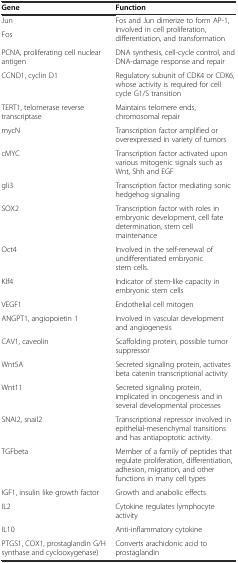
| Gene | Function |
 | --- | --- |
 | Jun | <ROWSPAN=2> Fos and Jun dimerize to form AP-1, involved in cell proliferation, differentiation, and transformation |
 | Fos |
 | PCNA, proliferating cell nuclear antigen | DNA synthesis, cell-cycle control, and DNA-damage response and repair |
 | CCND1, cyclin D1 | Regulatory subunit of CDK4 or CDK6, whose activity is required for cell cycle G1/S transition |
 | TERT1, telomerase reverse transcriptase | Maintains telomere ends, chromosomal repair |
 | mycN | Transcription factor amplified or overexpressed in variety of tumors |
 | cMYC | Transcription factor activated upon various mitogenic signals such as Wnt, Shh and EGF |
 | gli3 | Transcription factor mediating sonic hedgehog signaling |
 | SOX2 | Transcription factor with roles in embryonic development, cell fate determination, stem cell maintenance |
 | Oct4 | Involved in the self-renewal of undifferentiated embryonic stem cells. |
 | Klf4 | Indicator of stem-like capacity in embryonic stem cells |
 | VEGF1 | Endothelial cell mitogen |
 | ANGPT1, angiopoietin 1 | Involved in vascular development and angiogenesis |
 | CAV1, caveolin | Scaffolding protein, possible tumor suppressor |
 | Wnt5A | Secreted signaling protein, activates beta catenin transcriptional activity |
 | Wnt11 | Secreted signaling protein, implicated in oncogenesis and in several developmental processes |
 | SNAI2, snail2 | Transcriptional repressor involved in epithelial-mesenchymal transitions and has antiapoptotic activity. |
 | TGFbeta | Member of a family of peptides that regulate proliferation, differentiation, adhesion, migration, and other functions in many cell types |
 | IGF1, insulin like growth factor | Growth and anabolic effects |
 | IL2 | Cytokine regulates lymphocyte activity |
 | IL10 | Anti-inflammatory cytokine |
 | PTGS1, COX1, prostaglandin G/H synthase and cyclooxygenase) | Converts arachidonic acid to prostaglandin |